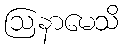
ဩနာမေသိ